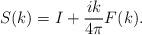
LaTeX: \begin{align*}S(k)=I+\frac{ik}{4\pi} F(k).\end{align*}